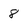
Character: 8